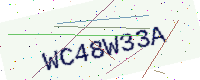
Text: WC48W33A